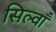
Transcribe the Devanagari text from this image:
सिल्वाँ